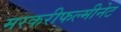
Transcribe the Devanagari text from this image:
मरकरीफल्मीनेट